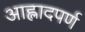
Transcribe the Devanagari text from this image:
आह्लादपर्ण